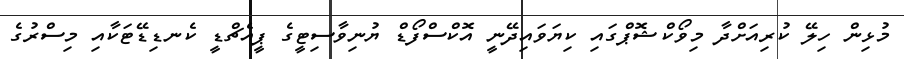
މުޅިން ހިލޭ ކުރިއަށްދާ މިވޯކްޝޮޕްގައި ކިޔަވައިދޭނީ އޮކްސްފޯޑް ޔުނިވާސިޓީގެ ޕީއެޗްޑީ ކެނޑިޑޭޓަކާއި މިސްރުގެ